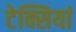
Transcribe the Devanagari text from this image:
टेक्सियां